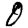
Digit: 0